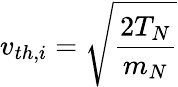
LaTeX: v_{th,i}=\sqrt{\frac{2T_{N}}{m_{N}}}